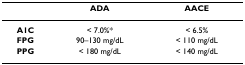
|  | ADA | AACE |
 | --- | --- | --- |
 | A1C | < 7.0%* | < 6.5% |
 | FPG | 90–130 mg/dL | < 110 mg/dL |
 | PPG | < 180 mg/dL | < 140 mg/dL |